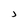
Character: J